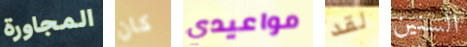
المجاورة كان مواعيدي لقد السنين